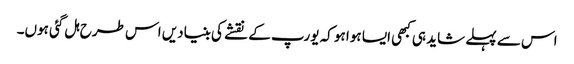
اس سے پہلے شاید ہی کبھی ایسا ہوا ہو کہ یورپ کے نقشے کی بنیادیں اس طرح ہل گئی ہوں۔